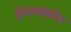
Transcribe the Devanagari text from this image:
ईन्टरस्कोप